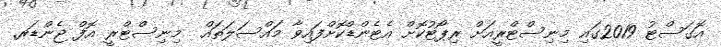
އޮގަސްޓު 2019ގައި މިނިސްޓްރީއަށް ރިޕޯޓުކޮށް އެޓެންޑްކޮށްފައިވާ މައްސަލަތައް  މިނިސްޓްރީ އޮފް ޖެންޑަރ